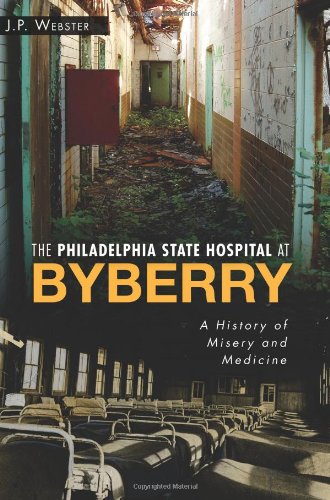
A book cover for The Philadelphia State Hospital at Byberry:: A History of Misery and Medicine (Landmarks); J.P. Webster; Medical Books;